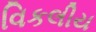
વિકલીય